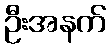
ဦးအနက်